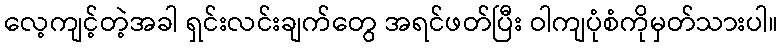
လေ့ကျင့်တဲ့အခါ ရှင်းလင်းချက်တွေ အရင်ဖတ်ပြီး ဝါကျပုံစံကိုမှတ်သားပါ။